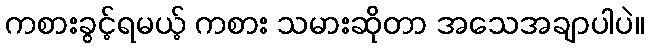
ကစားခွင့်ရမယ့် ကစား သမားဆိုတာ အသေအချာပါပဲ။